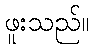
ဖူးသည်။